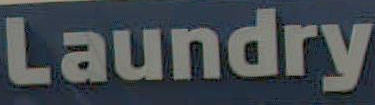
Laundry